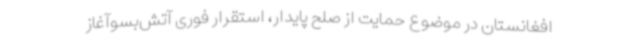
افغانستان در موضوع حمایت از صلح پایدار، استقرار فوری آتش‌بسوآغاز